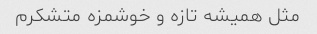
مثل همیشه تازه و خوشمزه متشکرم